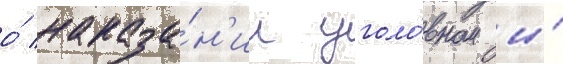
о́ наказа́н'ии уголо́вном и́